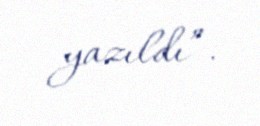
yazıldı”.